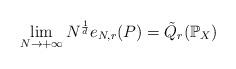
LaTeX: \begin{align*} \lim_{N \rightarrow +\infty} N^{\frac{1}{d}} e_{N,r}(P) = \tilde Q_r(\mathbb P_X) \end{align*}